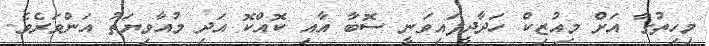
މިހިތުގާ އަށް މިއުޒިކް ހަދާދީފައިވަނީ ސޮބާ އާއި ކޮއްކޮ އަދި މުއާވިޔަތު އަންވަރެވެ.